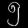
Digit: ၅